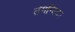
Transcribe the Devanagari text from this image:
तंगन्यिका